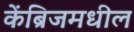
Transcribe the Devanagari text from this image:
केंब्रिजमधील